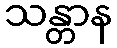
သန္တာန